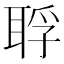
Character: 𦖀